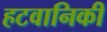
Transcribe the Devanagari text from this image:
हटवानिकी